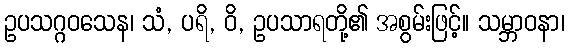
ဥပသဂ္ဂဝသေန၊ သံ, ပရိ, ဝိ, ဥပသာရတို့၏ အစွမ်းဖြင့်။ သမ္ဘာဝနာ၊